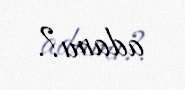
adamı?.